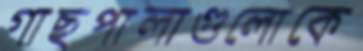
গাছপালাগুলোকে